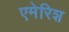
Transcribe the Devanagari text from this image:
एमेरिश